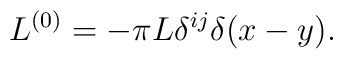
L^{(0)} = -\pi L \delta^{ij}\delta(x-y) .